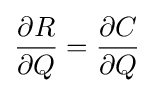
{\frac {\partial R}{\partial Q}}={\frac {\partial C}{\partial Q}}